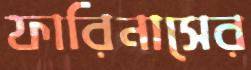
ফারিনাসের